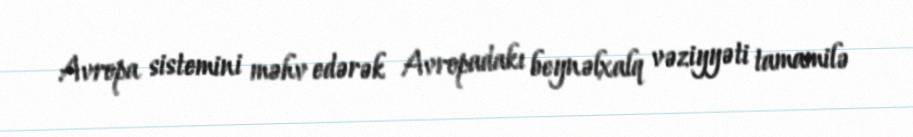
Avropa sistemini məhv edərək Avropadakı beynəlxalq vəziyyəti tamamilə